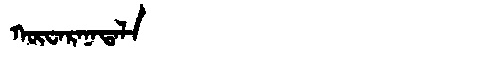
Manchu: ᡴᡡᠸᠠᡵᠠᠨᠠᡨᠠᠯᠠ
Romanization: KŪWARANATALA